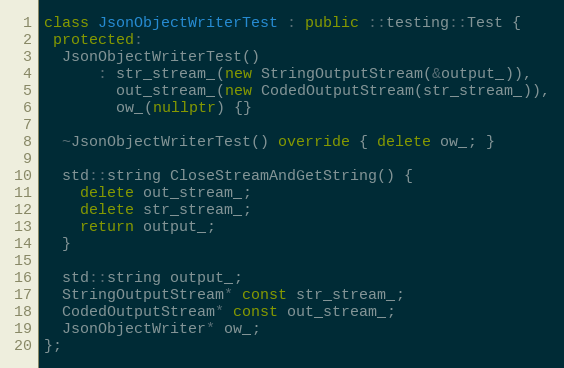
Language: C++
class JsonObjectWriterTest : public ::testing::Test {
 protected:
  JsonObjectWriterTest()
      : str_stream_(new StringOutputStream(&output_)),
        out_stream_(new CodedOutputStream(str_stream_)),
        ow_(nullptr) {}

  ~JsonObjectWriterTest() override { delete ow_; }

  std::string CloseStreamAndGetString() {
    delete out_stream_;
    delete str_stream_;
    return output_;
  }

  std::string output_;
  StringOutputStream* const str_stream_;
  CodedOutputStream* const out_stream_;
  JsonObjectWriter* ow_;
};